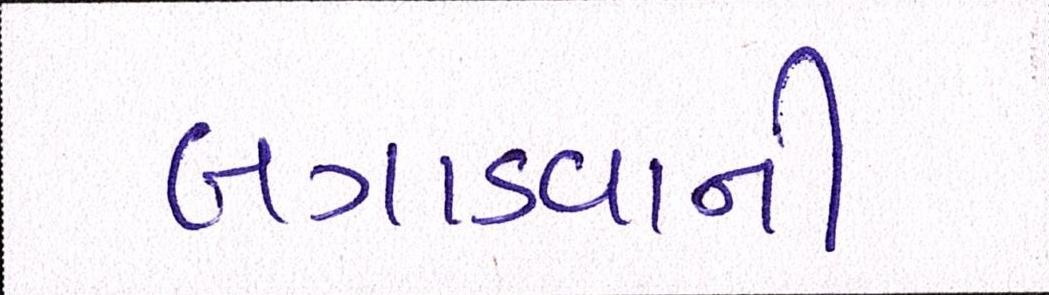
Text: લગાડવાની